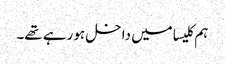
ہم کلیسا میں داخل ہو رہے تھے۔